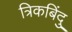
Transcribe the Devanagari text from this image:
त्रिकबिंदु